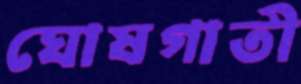
ঘোষগাতী